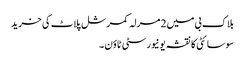
بلاک بی میں 2 مرلہ کمرشل پلاٹ کی خرید
سوسائٹی کا نقشہ یونیورسٹی ٹاؤن ۔